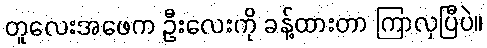
တူလေးအဖေက ဦးလေးကို ခန့်ထားတာ ကြာလှပြီပဲ။